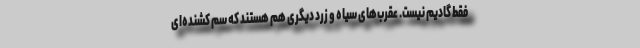
فقط گادیم نیست. عقرب‌های سیاه و زرد دیگری هم هستند که سم کشنده‌ای